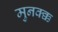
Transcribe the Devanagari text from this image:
मुनक्क्क